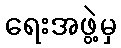
ရေးအဖွဲ့မှ